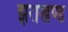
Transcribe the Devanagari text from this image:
झराखण्ड